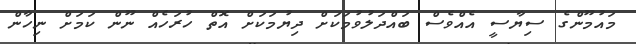
މައުމޫންގެ ސިޔާސީ އެއްވެސް ބައްދަލުވުމަކަށް ދިޔުމަކަށް އޮތް ހުރަހެއް ނޫން ކަމަށް ނިހާން